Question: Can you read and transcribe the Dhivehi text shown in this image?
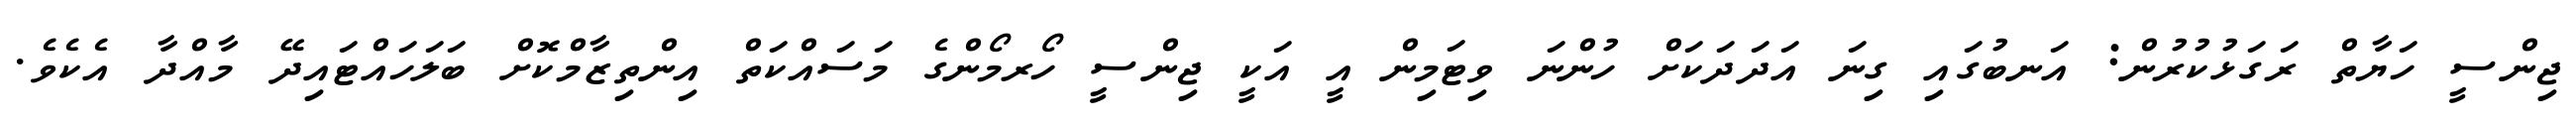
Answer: ޖިންސީ ހަޔާތް ރަގަޅުކުރުން: އަނބުގައި ގިނަ އަދަދަކަށް ހުންނަ ވިޓަމިން އީ އަކީ ޖިންސީ ހޯރމޯންގެ މަސައްކަތް އިންތިޒާމްކޮށް ބަލަހައްޓައިދޭ މާއްދާ އެކެވެ.